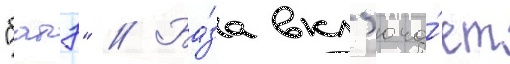
"батэ" // Ба́за вкл'юча́ет